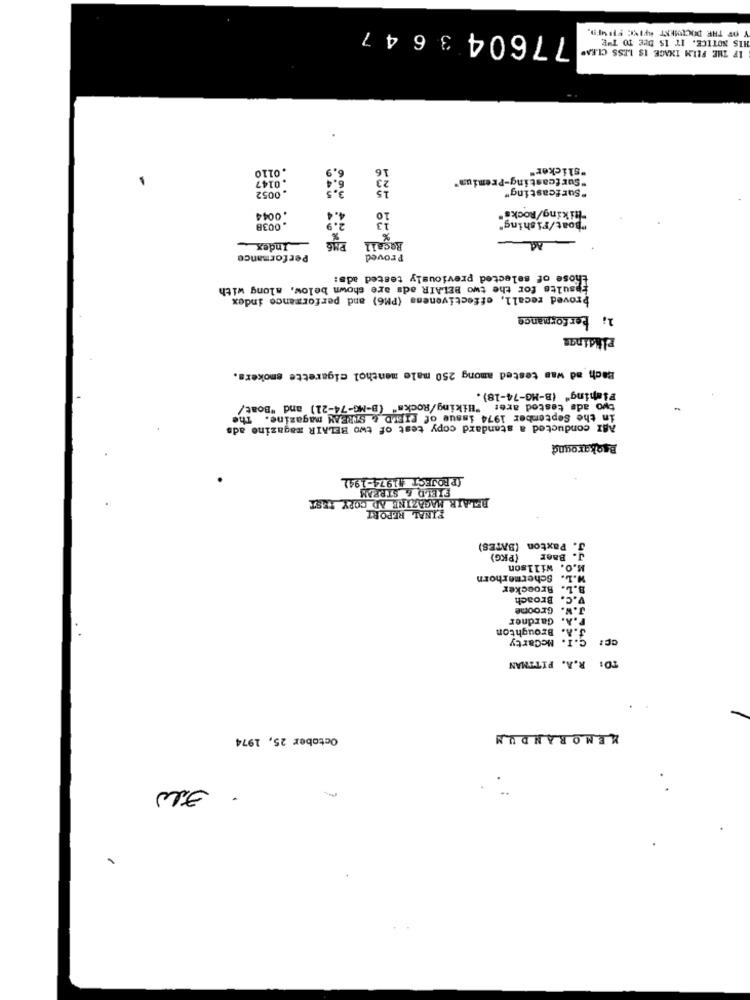
77604 3
OF THE DOCUMENT AFINE; FIRMED.
HIS NOTICE. IT IS DIE TO THE
IF THE FILM IXAGE IS LESS CLEAR
.
.0110
16
"slicker"
6.9
6.4
"Surfcasting-Premium"
. 0147
"Surfcasting"
. 0052
"hiking/Rocks"
.0044
4.4
10
"Boat/Fishing"
. 0038
13
%
Index
Recall
Performance
Proved
those of selected previously tested ads:
results for the two BELAIR ads are shown below, along with
Proved recall, effectiveness (PM6) and performance index
1; Performance
plidinas
Bach ad was tested among 250 male menthol cigarette smokers.
Fishing" (B-MG-74-18).
two ade tested are: "Hiking/Rocks" (B-MG-74-21) and "Boat/
in the September 1974 issue of FIELD & STREAM magazine. The
ABI conducted a standard copy test of two BELAIR magazine ads
Background
[PROJECT 1974-194)
FIELD & STREAM
BELAIR MAGAZINE AD COPY TEST
FINAL REPORT
J. Paxton (BATES)
[PKG)
J. Baer
M.O. Willson
Schermerhorn
W.L.
B.L. Broecker
Broach
v.C.
Groome
J.W
Gardner
Broughton
J.A.
C.I. McCarty
TO: R.A. PITTMAN
October 25, 1974
MEMORANDUM